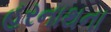
હરનાથના